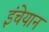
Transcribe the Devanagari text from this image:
इंचेयान